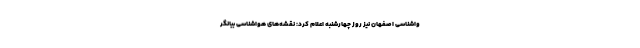
واشناسی اصفهان نیز روز چهارشنبه اعلام کرد: نقشه‌های هواشناسی بیانگر